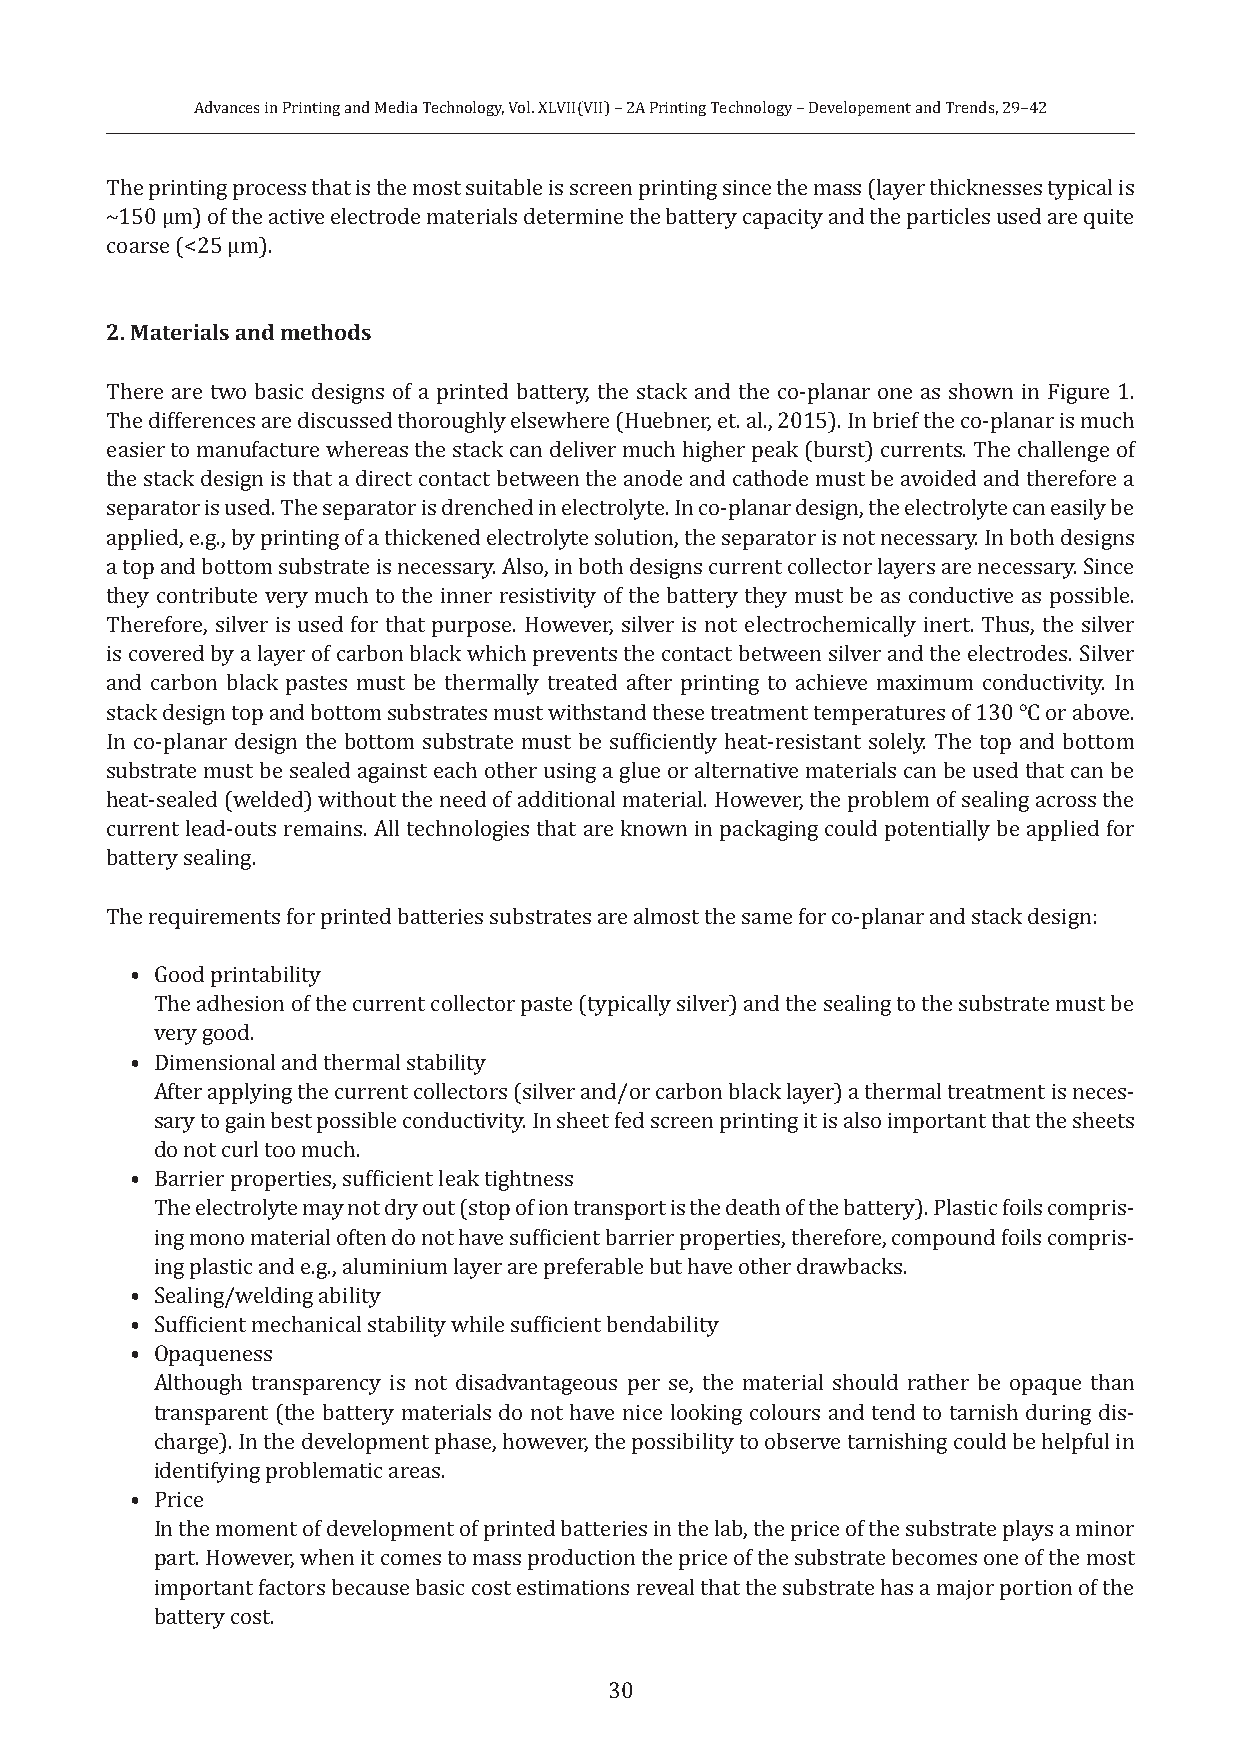
Advances in Printing and Media Technology, Vol. XLVII(VII) – 2A Printing Technology – Developement and Trends, 29–42
 The printing process that is the most suitable is screen printing since the mass (layer thicknesses typical is
 ~150 µm) of the active electrode materials determine the battery capacity and the particles used are quite
 coarse (<25 µm).
 2. Materials and methods
 There are two basic designs of a printed battery, the stack and the co-planar one as shown in Figure 1.
 The differences are discussed thoroughly elsewhere (Huebner, et. al., 2015). In brief the co-planar is much
 easier to manufacture whereas the stack can deliver much higher peak (burst) currents. The challenge of
 the stack design is that a direct contact between the anode and cathode must be avoided and therefore a
 separator is used. The separator is drenched in electrolyte. In co-planar design, the electrolyte can easily be
 applied, e.g., by printing of a thickened electrolyte solution, the separator is not necessary. In both designs
 a top and bottom substrate is necessary. Also, in both designs current collector layers are necessary. Since
 they contribute very much to the inner resistivity of the battery they must be as conductive as possible.
 Therefore, silver is used for that purpose. However, silver is not electrochemically inert. Thus, the silver
 is covered by a layer of carbon black which prevents the contact between silver and the electrodes. Silver
 and carbon black pastes must be thermally treated after printing to achieve maximum conductivity. In
 stack design top and bottom substrates must withstand these treatment temperatures of 130 °C or above.
 In co-planar design the bottom substrate must be sufficiently heat-resistant solely. The top and bottom
 substrate must be sealed against each other using a glue or alternative materials can be used that can be
 heat-sealed (welded) without the need of additional material. However, the problem of sealing across the
 current lead-outs remains. All technologies that are known in packaging could potentially be applied for
 battery sealing.
 The requirements for printed batteries substrates are almost the same for co-planar and stack design:
 • Good printability
 The adhesion of the current collector paste (typically silver) and the sealing to the substrate must be
 very good.
 • Dimensional and thermal stability
 After applying the current collectors (silver and/or carbon black layer) a thermal treatment is neces-
 sary to gain best possible conductivity. In sheet fed screen printing it is also important that the sheets
 do not curl too much.
 • Barrier properties, sufficient leak tightness
 The electrolyte may not dry out (stop of ion transport is the death of the battery). Plastic foils compris-
 ing mono material often do not have sufficient barrier properties, therefore, compound foils compris-
 ing plastic and e.g., aluminium layer are preferable but have other drawbacks.
 • Sealing/welding ability
 • Sufficient mechanical stability while sufficient bendability
 • Opaqueness
 Although transparency is not disadvantageous per se, the material should rather be opaque than
 transparent (the battery materials do not have nice looking colours and tend to tarnish during dis-
 charge). In the development phase, however, the possibility to observe tarnishing could be helpful in
 identifying problematic areas.
 • Price
 In the moment of development of printed batteries in the lab, the price of the substrate plays a minor
 part. However, when it comes to mass production the price of the substrate becomes one of the most
 important factors because basic cost estimations reveal that the substrate has a major portion of the
 battery cost.
 30